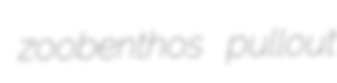
zoobenthos pullout